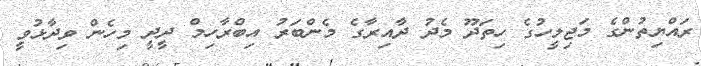
ރައްޔިތުންގެ މަޖިލީހުގެ ހިތަދޫ މެދު ދާއިރާގެ މެންބަރު އިބްރާހިމް ދީދީ މިހެން ވިދާޅުވީ